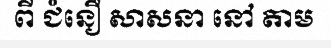
ពី ជំនឿ សាសនា នៅ តាម